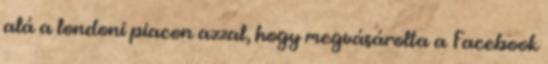
alá a londoni piacon azzal, hogy megvásárolta a Facebook